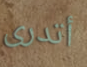
أتدرى